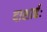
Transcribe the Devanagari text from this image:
दाशार्हः